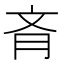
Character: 𦙟